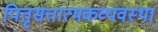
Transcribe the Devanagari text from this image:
पितृसत्तात्मकव्यवस्था